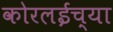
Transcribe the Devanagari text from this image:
कोरलईच्या